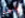
واحد